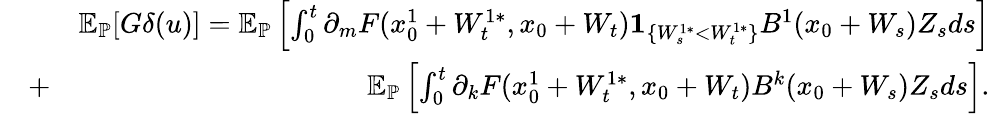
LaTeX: \begin{array}{rlr}&{}&{\mathbb{E}_{\mathbb{P}}[G\delta(u)]=\mathbb{E}_{\mathbb{P}}\left[\int_{0}^{t}\partial_{m}F(x_{0}^{1}+W_{t}^{1*},x_{0}+W_{t}){\mathbf 1}_{\{ W_{s}^{1*}<W_{t}^{1*}\} }B^{1}(x_{0}+W_{s})Z_{s}ds\right]}\\ &{+}&{\mathbb{E}_{\mathbb{P}}\left[\int_{0}^{t}{\partial_{k}}F(x_{0}^{1}+W_{t}^{1*},x_{0}+W_{t})B^{k}(x_{0}+W_{s})Z_{s}ds\right].}\end{array}